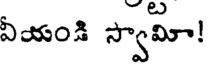
ఏయండి స్వామా!